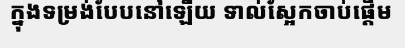
ក្នុងទម្រង់បែបនៅឡើយ ទាល់ស្អែកចាប់ផ្តើម